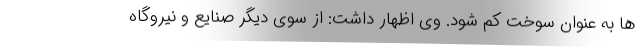
ها به عنوان سوخت کم شود. وی اظهار داشت: از سوی دیگر صنایع و نیروگاه